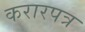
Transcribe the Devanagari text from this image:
करारपत्र